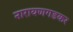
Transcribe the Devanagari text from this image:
नारायणगडकर